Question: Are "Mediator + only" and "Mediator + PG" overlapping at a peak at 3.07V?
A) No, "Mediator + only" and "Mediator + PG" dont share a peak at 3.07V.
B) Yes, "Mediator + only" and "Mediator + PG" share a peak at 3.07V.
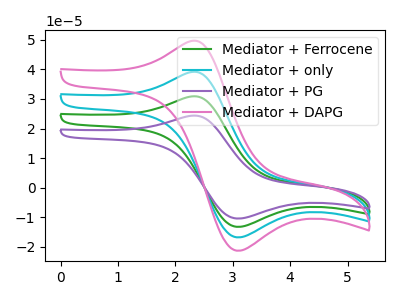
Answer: <think>The green curve "Mediator + Ferrocene" has an anodic peak at (2.25V, 78.20uA) and a cathodic peak at (3.05V, -33.70uA). The cyan curve "Mediator + only" has an anodic peak at (2.25V, 39.10uA) and a cathodic peak at (3.05V, -16.85uA). The purple curve "Mediator + PG" has an anodic peak at (2.25V, 117.35uA) and a cathodic peak at (3.05V, -50.50uA). The pink curve "Mediator + DAPG" has an anodic peak at (2.25V, 49.60uA) and a cathodic peak at (3.05V, -21.35uA).</think>
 <answer>B) Yes, "Mediator + only" and "Mediator + PG" share a peak at 3.07V.</answer>
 <eval>B</eval>